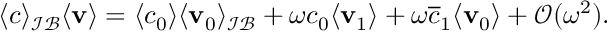
\begin{array} { r } { \langle c \rangle _ { \mathcal { I B } } \langle \mathbf { v } \rangle = \langle c _ { 0 } \rangle \langle \mathbf { v } _ { 0 } \rangle _ { \mathcal { I B } } + \omega c _ { 0 } \langle \mathbf { v } _ { 1 } \rangle + \omega \overline { c } _ { 1 } \langle \mathbf { v } _ { 0 } \rangle + \mathcal O ( \omega ^ { 2 } ) . } \end{array}